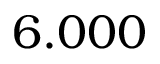
6 . 0 0 0